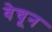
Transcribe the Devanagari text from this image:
वेचून